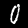
Digit: 0